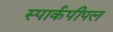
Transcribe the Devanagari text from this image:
स्पार्कपीपल